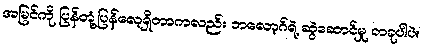
အမြင်ကို ပြန်တုံ့ပြန်လေ့ရှိတာကလည်း ဘလော့ဂ်ရဲ့ ဆွဲဆောင်မှု တခုပါပဲ။